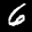
Label: 6